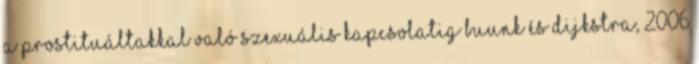
a prostituáltakkal való szexuális kapcsolatig Buunk és Dijkstra, 2006